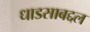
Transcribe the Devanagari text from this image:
धाडसाबद्दल